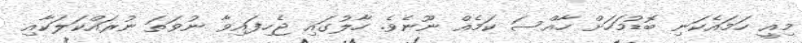
މިއީ ހަމައެކަނި ބޮޑުމަހަށް ހާއްސަ ކަމެއް ނޫނެވެ. ހާލުގައި ޖެހިފައިވާ ނުވަތަ ނުރައްކަލަކާއި